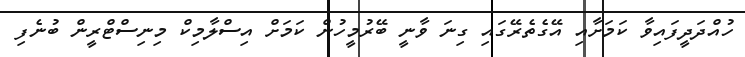
ހުއްދަދީފައިވާ ކަމަށާއި އޭގެތެރޭގައި ގިނަ ވާނީ ބޭރުމީހުން ކަމަށް އިސްލާމިކް މިނިސްޓްރީން ބުނެފި